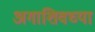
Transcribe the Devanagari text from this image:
अगाशिवच्या